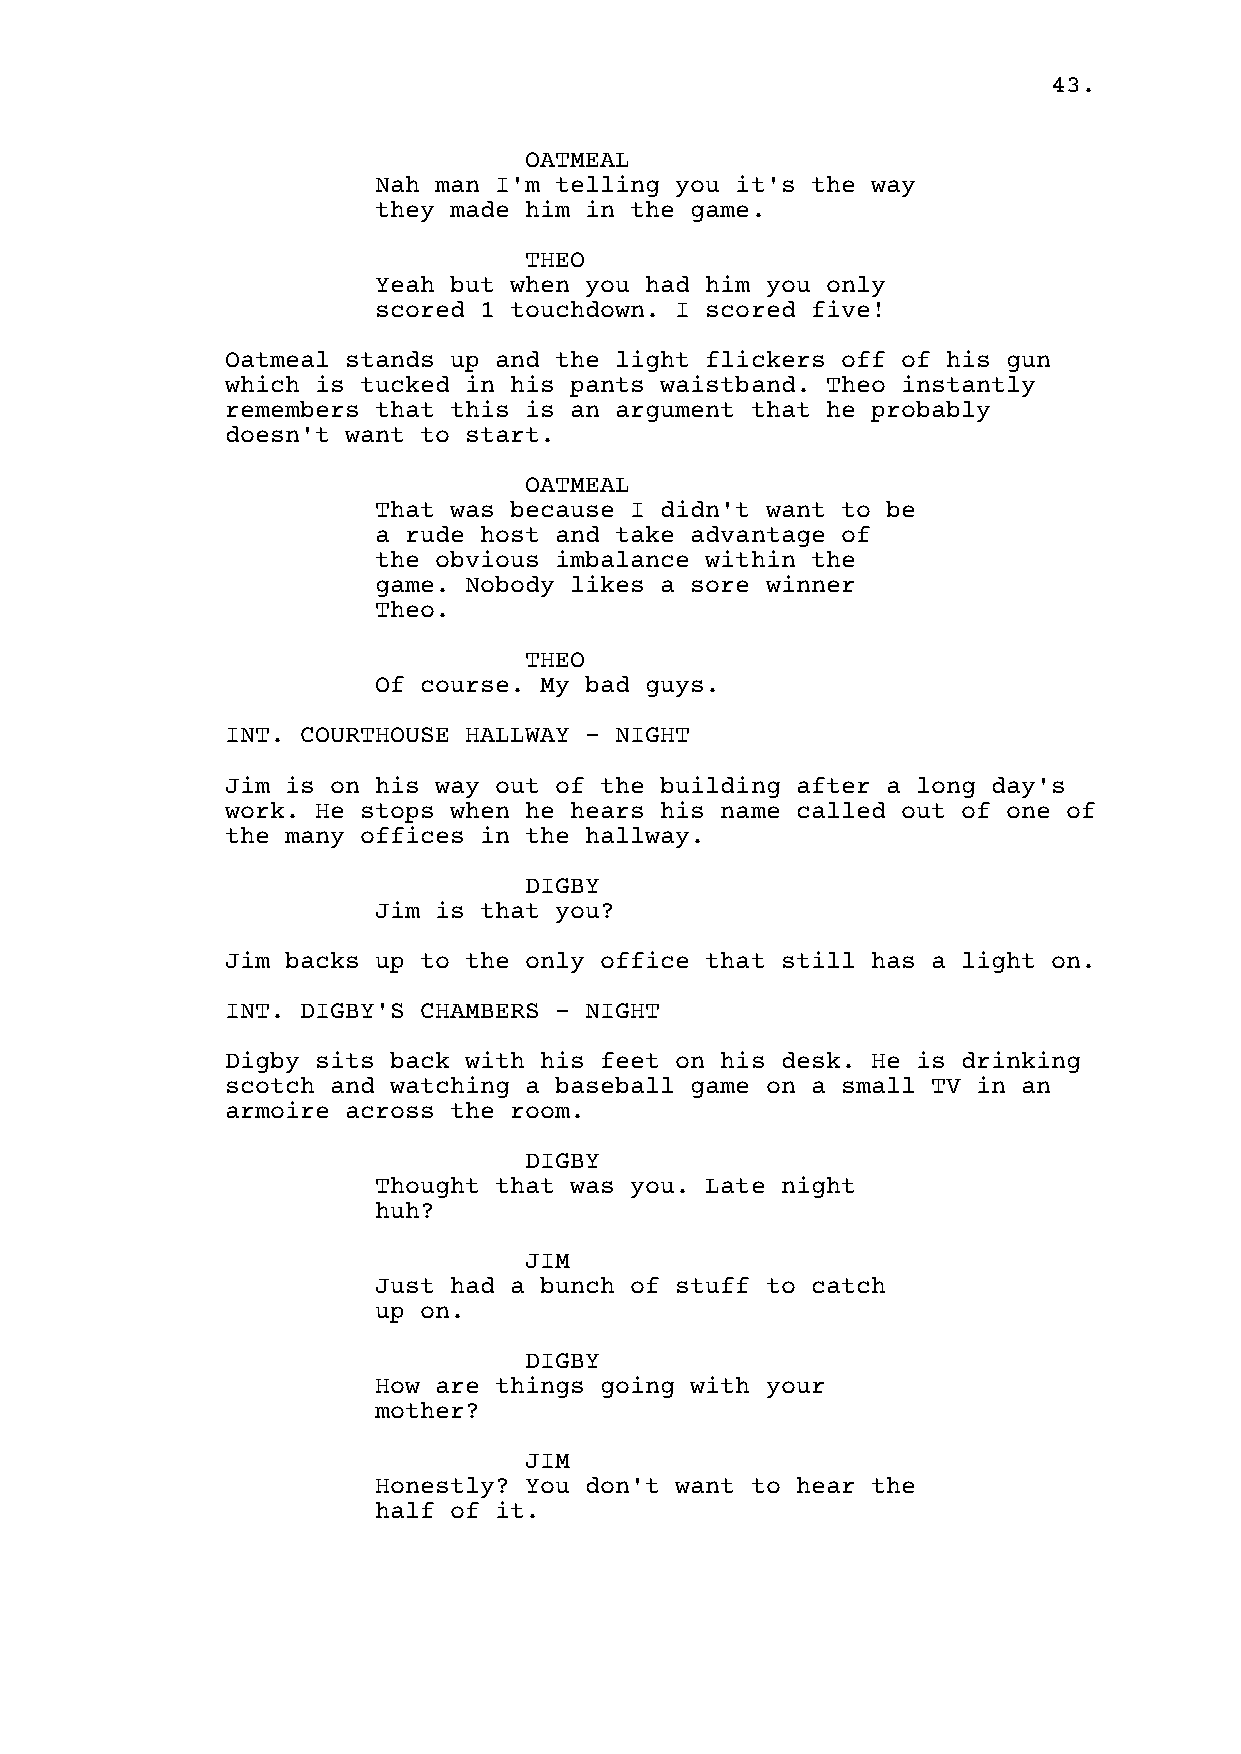
43.
 OATMEAL
 Nah man I'm telling you it's the way
 they made him in the game.
 THEO
 Yeah but when you had him you only
 scored 1 touchdown. I scored five!
 Oatmeal stands up and the light flickers off of his gun
 which is tucked in his pants waistband. Theo instantly
 remembers that this is an argument that he probably
 doesn't want to start.
 OATMEAL
 That was because I didn't want to be
 a rude host and take advantage of
 the obvious imbalance within the
 game. Nobody likes a sore winner
 Theo.
 THEO
 Of course. My bad guys.
 INT. COURTHOUSE HALLWAY - NIGHT
 Jim is on his way out of the building after a long day's
 work. He stops when he hears his name called out of one of
 the many offices in the hallway.
 DIGBY
 Jim is that you?
 Jim backs up to the only office that still has a light on.
 INT. DIGBY'S CHAMBERS - NIGHT
 Digby sits back with his feet on his desk. He is drinking
 scotch and watching a baseball game on a small TV in an
 armoire across the room.
 DIGBY
 Thought that was you. Late night
 huh?
 JIM
 Just had a bunch of stuff to catch
 up on.
 DIGBY
 How are things going with your
 mother?
 JIM
 Honestly? You don't want to hear the
 half of it.